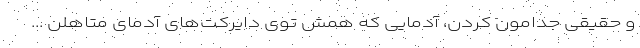
و حقیقی جدامون کردن، آدمایی که همش توی دایرکت‌های آدمای متاهلن ...